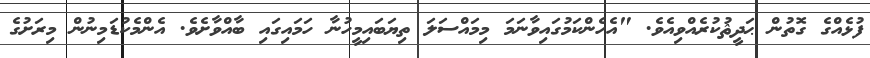
ފުޅެއްގެ ގޮތުން ޙަދީޘުކުރެއްވިއެވެ. "އެހެންކަމުގައިވާނަމަ މިމައްސަލަ ތިޔަބައިމީހުނާ ހަމައިގައި ބާއްވާށެވެ. އެންމެކުޑަމިނުން މިރަށުގެ